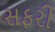
સફરી